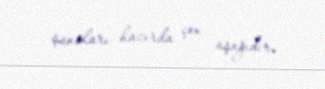
şansları hazırda çox aşağıdır.